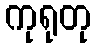
ကုရုတု